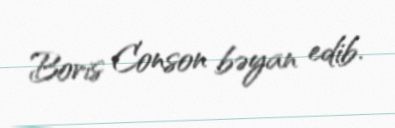
Boris Conson bəyan edib.